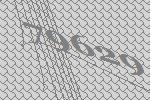
79629